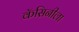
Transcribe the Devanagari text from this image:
कॅसिनीला